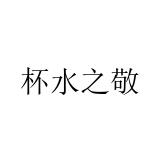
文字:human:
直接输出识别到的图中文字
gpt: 杯水之敬